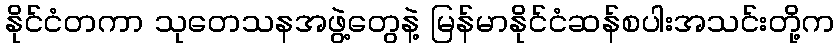
နိုင်ငံတကာ သုတေသနအဖွဲ့တွေနဲ့ မြန်မာနိုင်ငံဆန်စပါးအသင်းတို့က